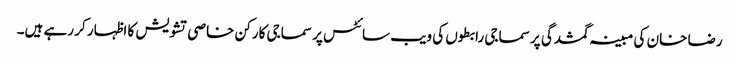
رضا خان کی مبینہ گمشدگی پر سماجی رابطوں کی ویب سائٹس پر سماجی کارکن خاصی تشویش کا اظہار کر رہے ہیں۔